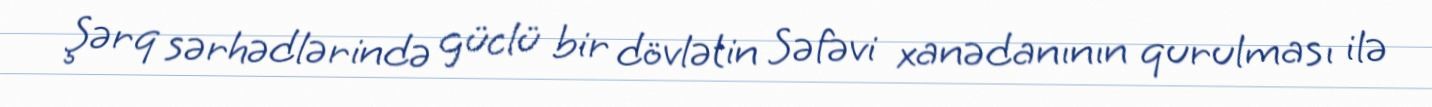
Şərq sərhədlərində güclü bir dövlətin Səfəvi xanədanının qurulması ilə